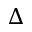
\Delta